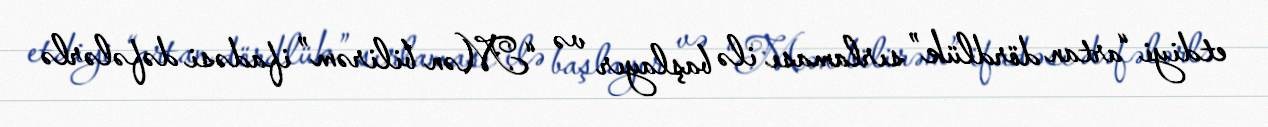
etdiyi “artan dördlük” sırlaması ilə başlayır və “Mən bilirəm” ifadəsi dəfələrlə